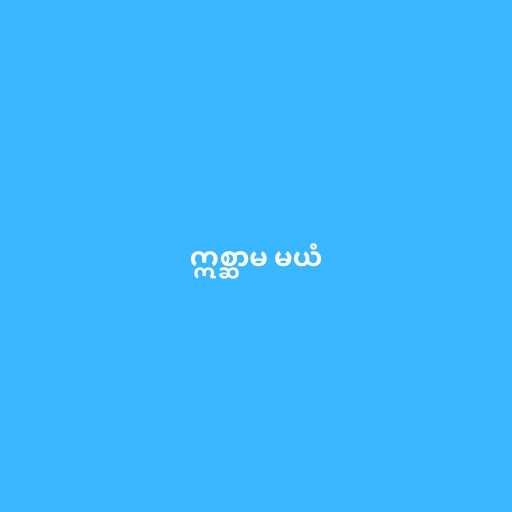
ဣစ္ဆာမ မယံ